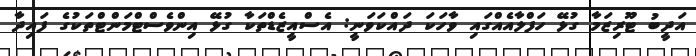
އަދީބު ޓޫރިޒަމާ ގުޅޭ ހަފްލާއެއްގައި ވާހަކަ ދައްކަވަނީ: އެސްއީޒެޑްތަކާ ގުޅޭ އިންވެސްޓްމަންޓްތަކުގެ ފައިދާ